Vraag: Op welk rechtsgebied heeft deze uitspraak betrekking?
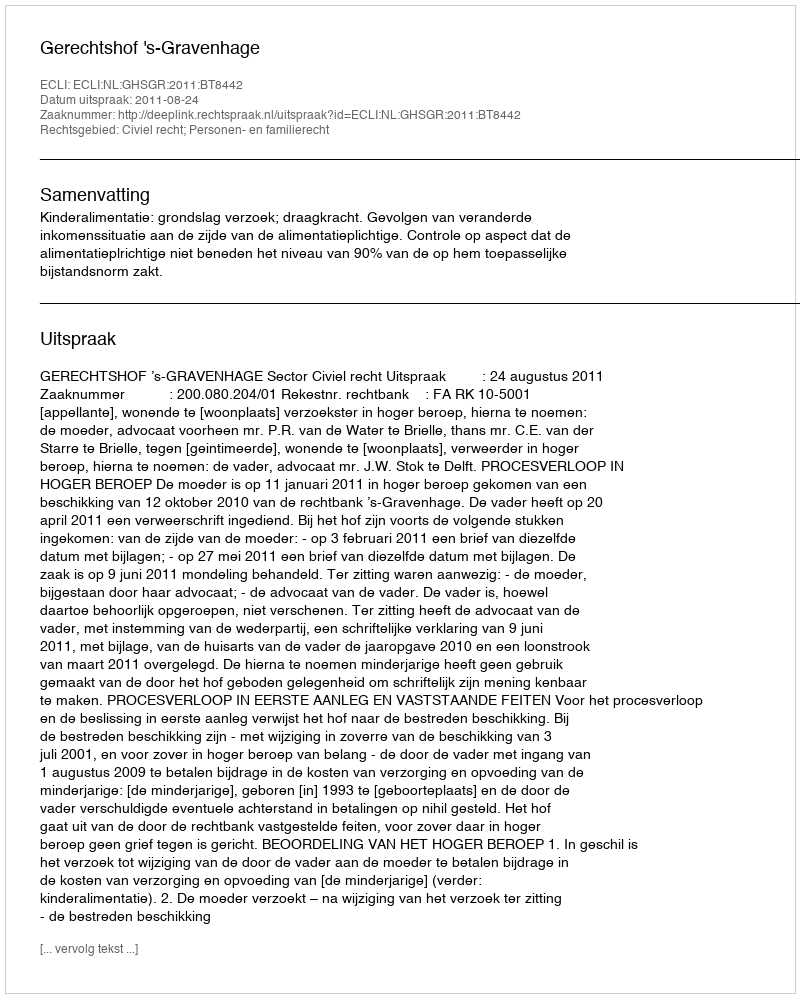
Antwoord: Civiel recht; Personen- en familierecht